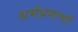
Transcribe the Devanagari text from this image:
धर्मप्रमाणों